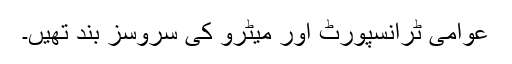
عوامی ٹرانسپورٹ اور میٹرو کی سروسز بند تھیں۔